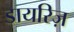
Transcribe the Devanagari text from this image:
डायरिज़